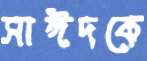
সাঈদকে